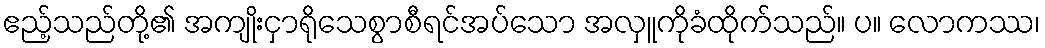
ဧည့်သည်တို့၏ အကျိုးငှာရိုသေစွာစီရင်အပ်သော အလှူကိုခံထိုက်သည်။ ပ။ လောကဿ၊